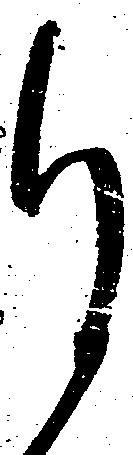
自